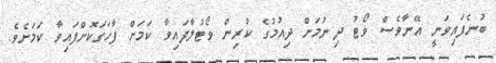
ބުނެފައިވަނީ އޭނާވެސް ވޯޓު ދިނުމަށް ދިއުމުގެ ކުރިން ވޯޓުލާފައިވާ ކަމަށް ފާހަގަކޮށްފައިވާ ކަމަށެވެ.